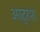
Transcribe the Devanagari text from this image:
आद्रश